Reports on dispensaries and lunatic asylums in the Province of Oudh - 1869-1876
Year: 1869
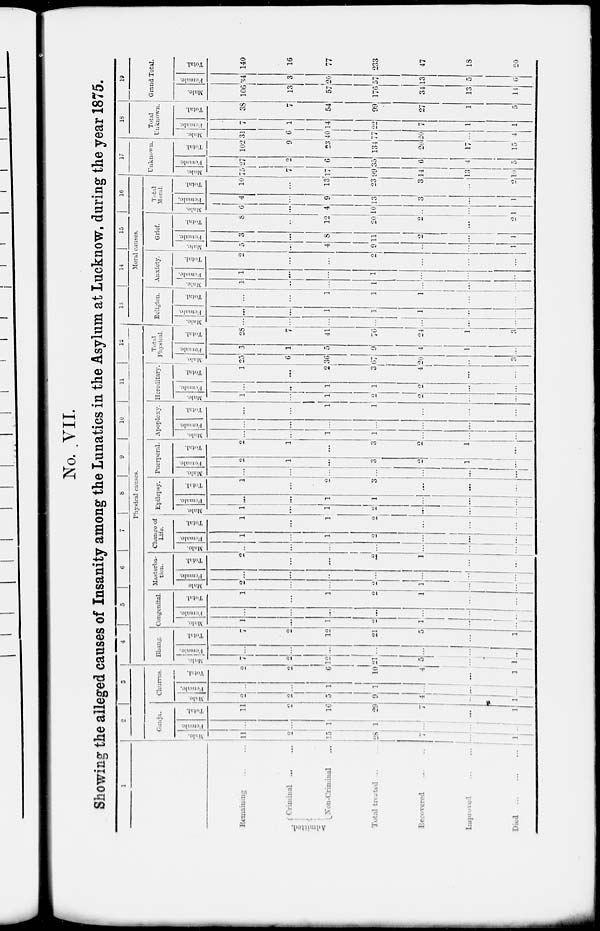
No. VII.
Showing the alleged causes of Insanity among the Lunatics in the Asylum at Lucknow, during the year 1875.
1
Remaining ... ...
Admitted.
Criminal ...
Non-Criminal ...
Total treated ... ...
Recovered ... ...
Improved ... ...
Died
...
...
...
2
3
4
5
6
7
8
9
10
11
12
Physical causes.
Ganja.
Male.
11
2
15
28
7
...
1
Female.
...
...
1
1
...
...
...
Total.
11
2
16
29
7
...
1
Churrus.
Male.
2
2
5
9
4
...
1
Female.
...
...
1
1
...
...
...
Total.
2
2
6
10
4
...
1
Bhang.
Male.
7
2
12
21
5
...
1
Female.
...
...
...
...
...
...
...
Total.
7
2
12
21
5
...
1
Congenital.
Male.
1
...
1
2
1
...
...
Female.
...
...
...
...
...
...
...
Total.
1
...
1
2
1
...
...
Masterba-
tion.
Male.
2
...
...
2
1
...
...
Female.
...
...
...
...
...
...
...
Total.
2
...
...
2
1
...
...
Change of
Life.
Male.
...
...
...
...
...
...
...
Female.
1
...
1
2
...
...
...
Total.
1
...
1
2
...
...
...
Epilepsy.
Male.
1
...
1
2
...
...
...
Female.
...
...
1
1
...
...
...
Total.
1
...
2
3
...
...
...
Puerperal.
Male.
...
...
...
...
...
...
...
Female.
2
1
...
3
2
1
...
Total.
2
1
...
3
2
1
...
Apoplexy.
Male.
...
...
1
1
...
...
...
Female.
...
...
...
...
...
...
...
Total.
...
...
1
1
...
...
...
Hereditary.
Male.
1
...
1
2
2
...
...
Female.
...
...
1
1
2
...
...
Total.
1
...
2
3
4
...
...
Total
Physical.
Male.
25
6
36
67
20
...
3
Female.
3
1
5
9
4
1
...
Total.
28
7
41
76
24
1
3
13
14
15
16
Moral causes.
Religion.
Male.
...
...
...
...
...
...
...
Female.
...
...
1
1
1
...
...
Total.
...
...
1
1
1
...
...
Anxiety.
Male.
1
...
...
1
...
...
...
Female.
1
...
...
1
...
...
...
Total.
2
...
...
2
...
...
...
Grief.
Male.
5
...
4
9
...
...
1
Female.
3
...
8
11
2
...
1
Total.
8
...
12
20
2
...
2
Total
Moral.
Male.
6
...
4
10
...
...
1
Female.
4
...
9
13
3
...
1
Total.
10
...
13
23
3
...
2
17
Unknown.
Male.
75
7
17
99
14
13
10
Female.
27
2
6
35
6
4
5
Total.
102
9
23
134
20
17
15
18
Total
Unknown.
Male.
31
6
40
77
20
...
4
Female.
7
1
14
22
7
1
1
Total.
38
7
54
99
27
1
5
19
Grand Total.
Male.
106
13
57
176
34
13
14
Female.
34
3
20
57
13
5
6
Total.
140
16
77
233
47
18
20